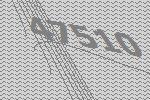
47510